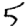
Digit: 5